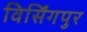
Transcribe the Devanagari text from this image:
विर्सिंगपुर